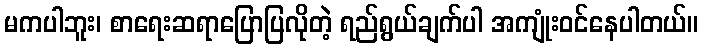
မကပါဘူး၊ စာရေးဆရာပြောပြလိုတဲ့ ရည်ရွယ်ချက်ပါ အကျုံးဝင်နေပါတယ်။